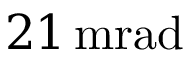
2 1 \, \mathrm { m r a d }